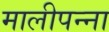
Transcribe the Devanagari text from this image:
मालीपन्‍ना